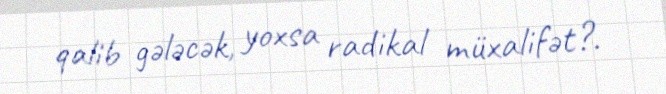
qalib gələcək, yoxsa radikal müxalifət?.